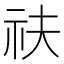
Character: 䃿